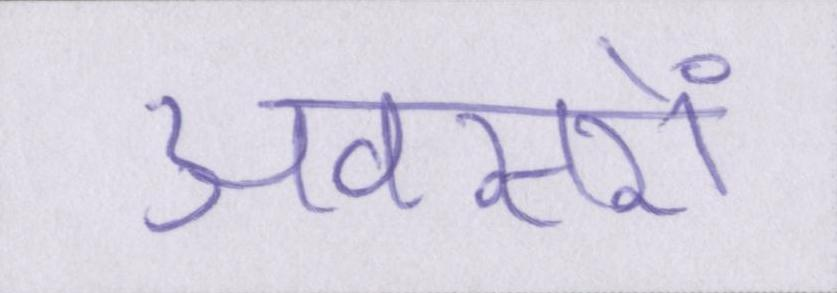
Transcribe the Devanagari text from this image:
अवसरों